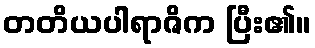
တတိယပါရာဇိက ပြီး၏။